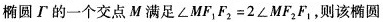
椭圆 \Gamma 的一个交点M满足$$∠ M F _ { 1 } F _ { 2 } = 2 ∠ M F _ { 2 } F _ { 1 }$$，则该椭圆